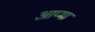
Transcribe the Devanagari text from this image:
आय्मा